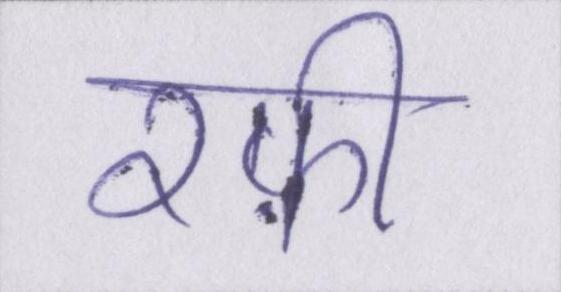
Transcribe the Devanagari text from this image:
रफ़ी